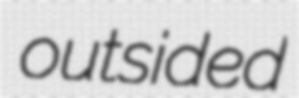
outsided